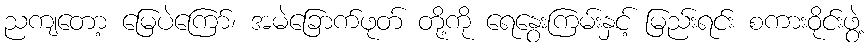
ညကျတော့ မြေပဲကြော်၊ အမဲခြောက်ဖုတ် တို့ကို ရေနွေးကြမ်းနှင့် မြည်းရင်း စကားဝိုင်းဖွဲ့